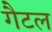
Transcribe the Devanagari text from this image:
गैटल